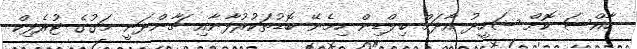
ހާއްސަ ކޮށް ޝަހީދު އާދަމް ބިލްޑިން ހިމެނޭ ބޮޑުތަކުރުފާނާއި ޗާންދަނީ މަގުގެ ޓުރެފިކް